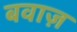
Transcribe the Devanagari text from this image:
बवाज़